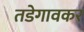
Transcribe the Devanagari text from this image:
तडेगावकर